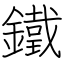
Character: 鐵